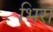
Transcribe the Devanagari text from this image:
भिरा